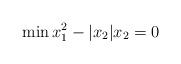
LaTeX: \begin{align*} \min x_1^2 - |x_2| x_2 = 0\end{align*}